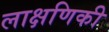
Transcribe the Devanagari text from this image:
लाक्षणिकी